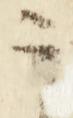
云